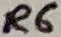
Text: R6